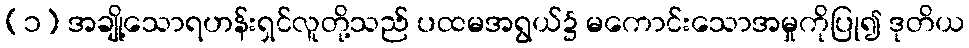
(၁) အချို့သောရဟန်းရှင်လူတို့သည် ပထမအရွယ်၌ မကောင်းသောအမှုကိုပြု၍ ဒုတိယ